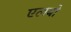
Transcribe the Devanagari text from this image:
एलबो